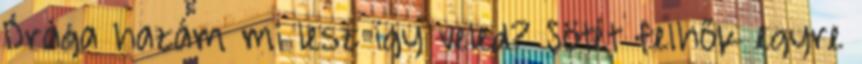
Drága hazám mi lesz így veled? Sötét felhők egyre